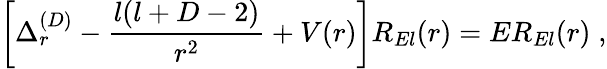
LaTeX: \left[\Delta_{r}^{({D})}-\frac{l(l+D-2)}{r^{2}}+V(r)\right]R_{El}(r)=ER_{El}(r)\; ,